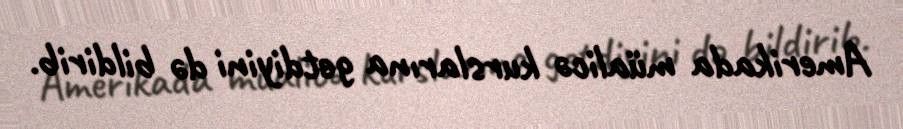
Amerikada müalicə kurslarına getdiyini də bildirib.